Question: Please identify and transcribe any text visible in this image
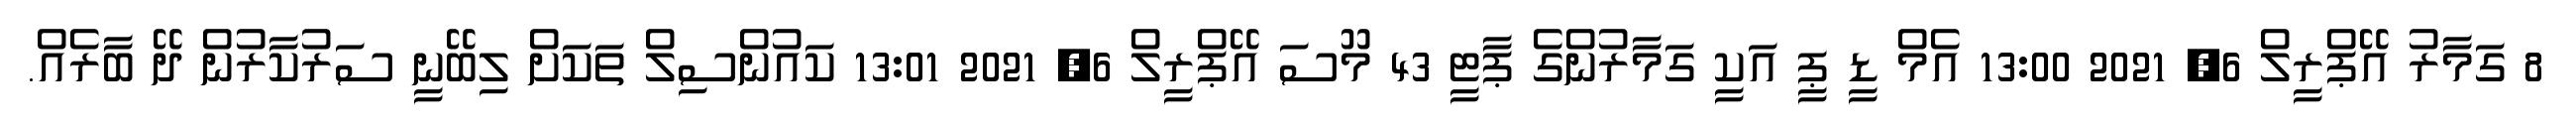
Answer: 8 ގަމާރު އޭޕްރީލް 6, 2021 13:00 އެމް ޑީ ޕީ އަކީ ގަމާރުންގެ ޕާޓީ 43 މޫސަ އޭޕްރީލް 6, 2021 13:01 ކައުންސިލް ތަކަށް ލިބޭނީ ސަރުކާރުން ދޭ ބާރެއް.